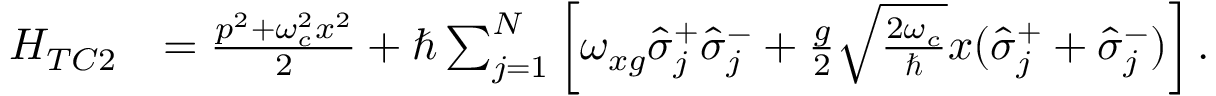
\begin{array} { r l } { H _ { T C 2 } } & { = \frac { p ^ { 2 } + \omega _ { c } ^ { 2 } x ^ { 2 } } { 2 } + \hbar \sum _ { j = 1 } ^ { N } \left[ \omega _ { x g } \hat { \sigma } _ { j } ^ { + } \hat { \sigma } _ { j } ^ { - } + \frac { g } { 2 } \sqrt { \frac { 2 \omega _ { c } } { \hbar } } x ( \hat { \sigma } _ { j } ^ { + } + \hat { \sigma } _ { j } ^ { - } ) \right] . } \end{array}